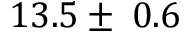
1 3 . 5 \pm \: 0 . 6